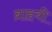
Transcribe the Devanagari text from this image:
ब्राहवी